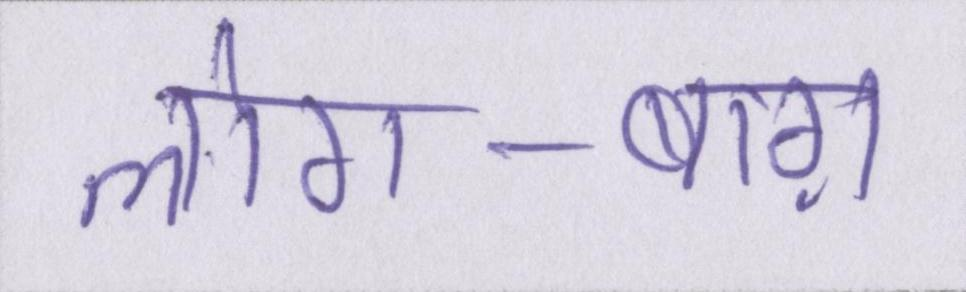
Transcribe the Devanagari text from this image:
लोग-बाग़